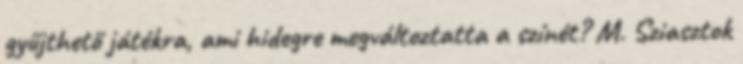
gyűjthető játékra, ami hidegre megváltoztatta a színét? M. Sziasztok